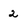
Character: 2